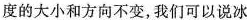
度的大小和方向不变，我们可以说冰